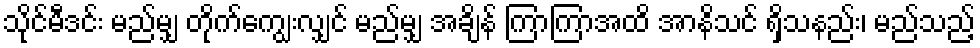
သိုင်မီဒင်း မည်မျှ တိုက်ကျွေးလျှင် မည်မျှ အချိန် ကြာကြာအထိ အာနိသင် ရှိသနည်း၊ မည်သည့်